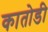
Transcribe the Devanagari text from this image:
कातोडी